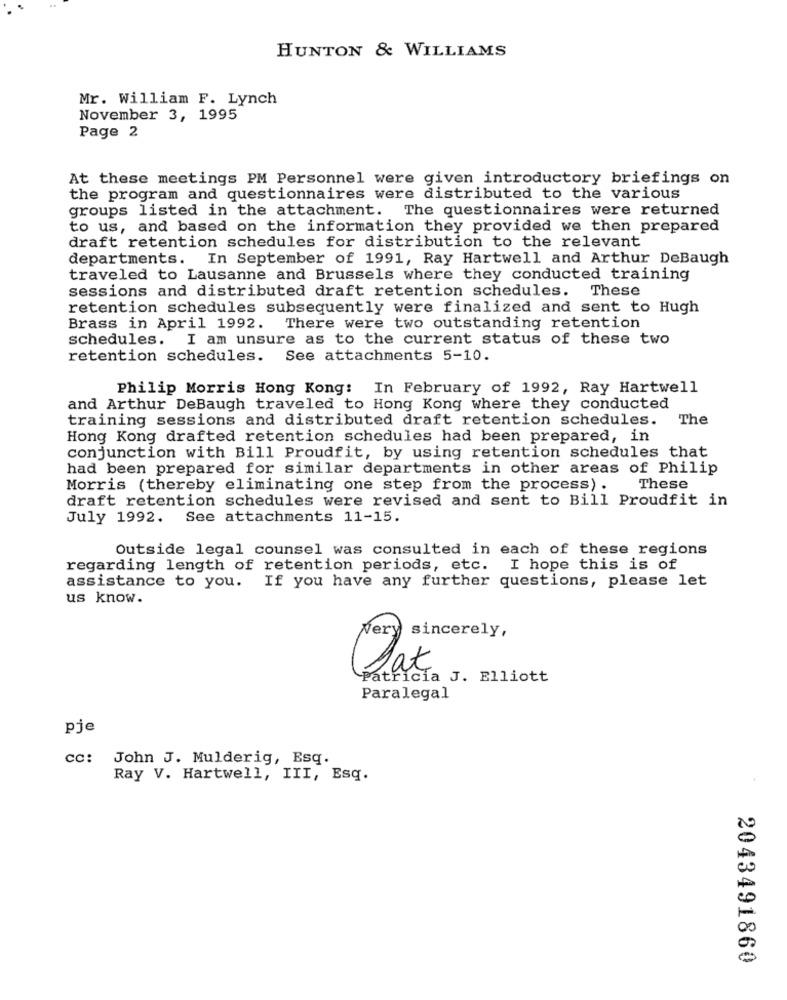
HUNTON & WILLIAMS
Mr. William F. Lynch
November 3, 1995
Page 2
At these meetings PM Personnel were given introductory briefings on
the program and questionnaires were distributed to the various
groups listed in the attachment. The questionnaires were returned
to us, and based on the information they provided we then prepared
draft retention schedules for distribution to the relevant
departments.
In September of 1991, Ray Hartwell and Arthur DeBaugh
traveled to Lausanne and Brussels where they conducted training
sessions and distributed draft retention schedules. These
retention schedules subsequently were finalized and sent to Hugh
Brass in April 1992. There were two outstanding retention
schedules. I am unsure as to the current status of these two
retention schedules. See attachments 5-10.
Philip Morris Hong Kong: In February of 1992, Ray Hartwell
and Arthur DeBaugh traveled to Hong Kong where they conducted
training sessions and distributed draft retention schedules.
The
Hong Kong drafted retention schedules had been prepared, in
conjunction with Bill Proudfit, by using retention schedules that
had been prepared for similar departments in other areas of Philip
Morris (thereby eliminating one step from the process) .
These
draft retention schedules were revised and sent to Bill Proudfit in
July 1992. See attachments 11-15.
Outside legal counsel was consulted in each of these regions
regarding length of retention periods, etc. I hope this is of
assistance to you. If you have any further questions, please let
us know.
sincerely,
Nery
Patricia J. Elliott
Paralegal
pje
cc: John J. Mulderig, Esq.
Ray V. Hartwell, III, Esq.
2043491860